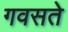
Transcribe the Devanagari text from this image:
गवसते